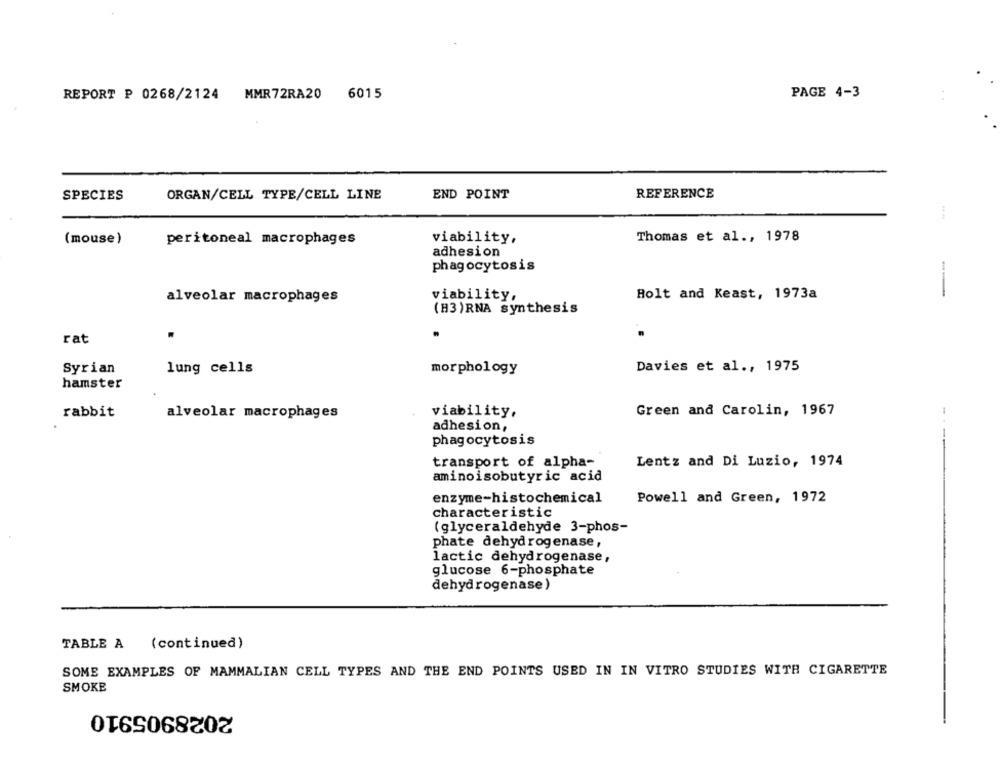
REPORT P 0268/2124 MMR72RA20 6015
PAGE 4-3
SPECIES
ORGAN/CELL TYPE/CELL LINE
END POINT
REFERENCE
Thomas et al ., 1978
(mouse)
peritoneal macrophages
viability,
adhesion
phagocytosis
---
alveolar macrophages
viability,
Holt and Keast, 1973a
(H3)RNA synthesis
rat
Davies et al ., 1975
Syrian
lung cells
morphology
hamster
rabbit
alveolar macrophages
viability.
Green and Carolin, 1967
adhesion,
phagocytosis
transport of alpha-
Lentz and Di Luzio, 1974
aminoisobutyric acid
enzyme-histochemical
Powell and Green, 1972
characteristic
(glyceraldehyde 3-phos-
phate dehydrogenase,
lactic dehydrogenase,
glucose 6-phosphate
dehydrogenase)
TABLE A (continued)
SOME EXAMPLES OF MAMMALIAN CELL TYPES AND THE END POINTS USED IN IN VITRO STUDIES WITH CIGARETTE
SMOKE
2028905910